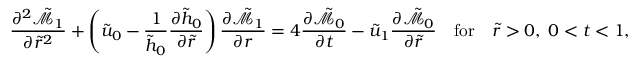
\frac { \partial ^ { 2 } \tilde { \mathcal { M } } _ { 1 } } { \partial \tilde { r } ^ { 2 } } + \left( \tilde { u } _ { 0 } - \frac { 1 } { \tilde { h } _ { 0 } } \frac { \partial \tilde { h } _ { 0 } } { \partial \tilde { r } } \right) \frac { \partial \tilde { \mathcal { M } } _ { 1 } } { \partial r } = 4 \frac { \partial \tilde { \mathcal { M } } _ { 0 } } { \partial t } - \tilde { u } _ { 1 } \frac { \partial \tilde { \mathcal { M } } _ { 0 } } { \partial \tilde { r } } \quad \mathrm { f o r } \quad \tilde { r } > 0 , \; 0 < t < 1 ,